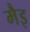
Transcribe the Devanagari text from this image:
मैइ